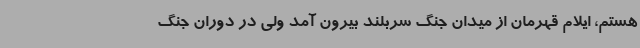
هستم، ایلام قهرمان از میدان جنگ سربلند بیرون آمد ولی در دوران جنگ